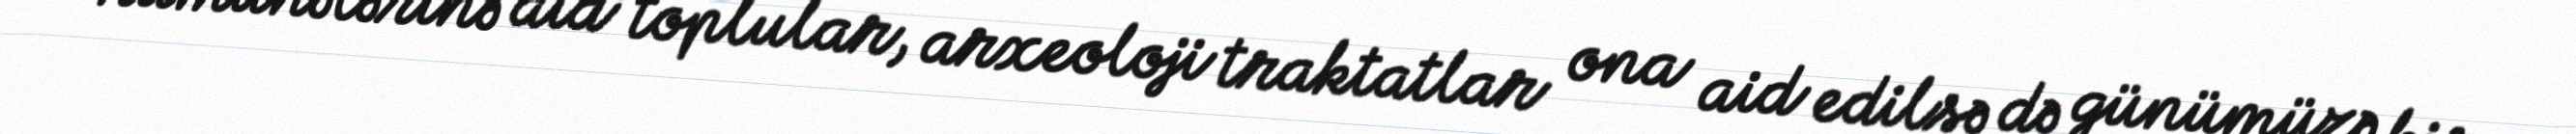
nümunələrinə aid toplular, arxeoloji traktatlar ona aid edilsə də günümüzə bir